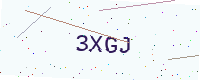
Text: 3XGJ